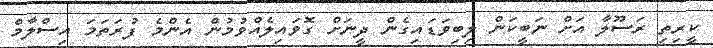
ކީރިތި ރަސޫލާ އަށް ނަބީކަން ލިބިވަޑައިގެން ދީނަށް ގޮވައިލެއްވުމުން އެންމެ ފުރަތަމަ އިސްލާމް